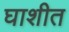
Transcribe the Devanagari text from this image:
घाशीत